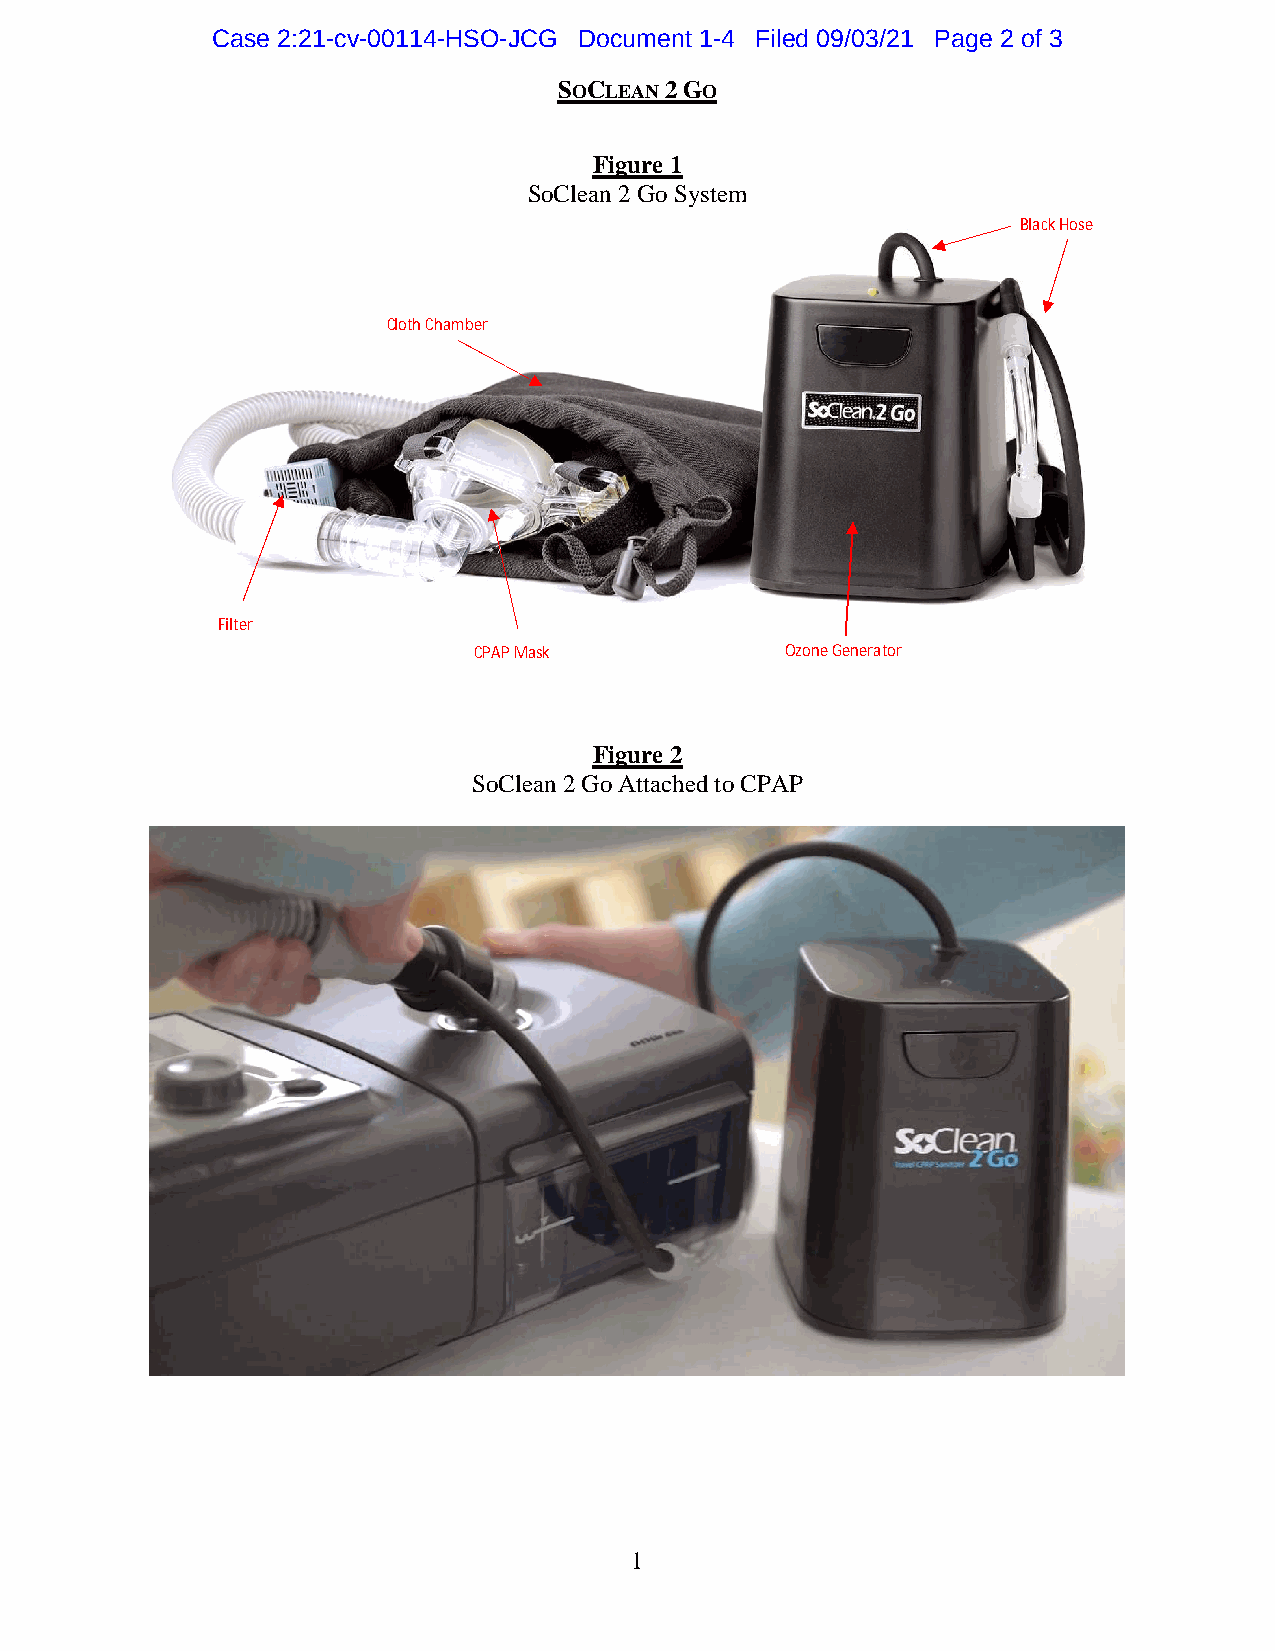
Case 2:21-cv-00114-HSO-JCG  Document 1-4   Filed 09/03/21  Page 2 of 3
 SOCLEAN 2 GO
 Figure 1
 SoClean 2 Go System
 Black Hose
 Cloth Chamber
 Filter
 CPAP Mask            Ozone Generator
 Figure 2
 SoClean 2 Go Attached to CPAP
 1